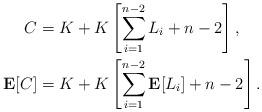
LaTeX: \begin{align*}C &= K + K\left[\sum_{i=1}^{n-2}L_i + n - 2\right], \\\mathbf{E}[C] &= K + K\left[ \sum_{i=1}^{n-2}\mathbf{E}[L_i] + n - 2\right]. \end{align*}